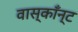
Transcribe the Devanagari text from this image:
वास्काँन्ट